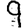
Digit: 9